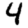
Digit: 4